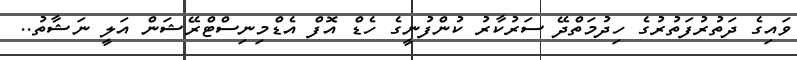
ވައިގެ ދަތުރުފަތުރުގެ ހިދުމަތްދޭ ސަރުކާރު ކުންފުނީގެ ހެޑް އޮފް އެޑްމިނިސްޓްރޭޝަން އަލީ ނަޝާތު..